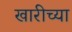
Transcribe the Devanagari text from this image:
खारीच्या